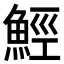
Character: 𩷏